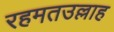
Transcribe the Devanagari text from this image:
रहमतउल्लाह